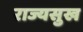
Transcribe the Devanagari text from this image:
राज्यसुख